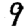
Digit: 9